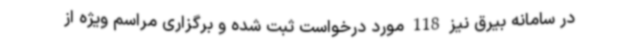
در سامانه بیرق نیز 118 مورد درخواست ثبت شده و برگزاری مراسم ویژه از